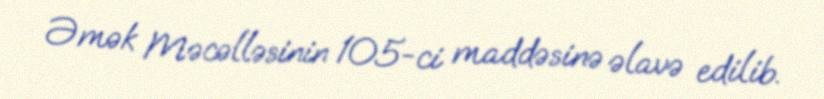
Əmək Məcəlləsinin 105-ci maddəsinə əlavə edilib.